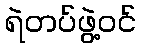
ရဲတပ်ဖွဲ့ဝင်